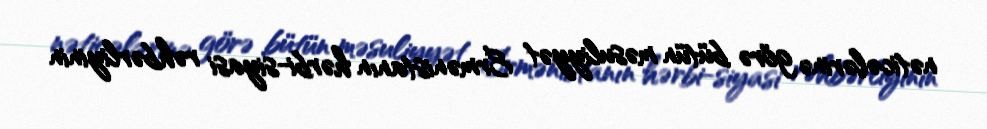
nəticələrinə görə bütün məsuliyyət Ermənistanın hərbi-siyasi rəhbərliyinin